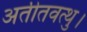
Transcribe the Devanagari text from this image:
अतीतवत्थु।